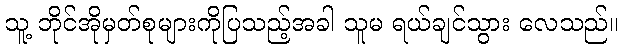
သူ့ ဘိုင်အိုမှတ်စုများကိုပြသည့်အခါ သူမ ရယ်ချင်သွား လေသည်။